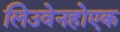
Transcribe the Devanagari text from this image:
लिउवेनहोएक